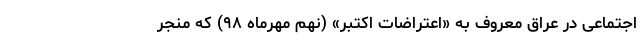
اجتماعی در عراق معروف به «اعتراضات اکتبر» (نهم مهرماه ۹۸) که منجر